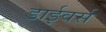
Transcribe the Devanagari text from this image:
डाईवर्स